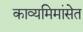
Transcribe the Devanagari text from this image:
काव्यमिमांसेत